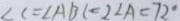
\angle C = \angle A B C = 2 \angle A = 7 2 ^ { \circ }